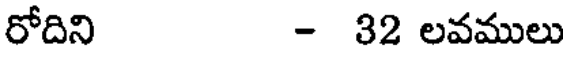
రోదిని - 32 లవములు